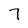
Character: 7